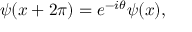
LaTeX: \psi ( x + 2 \pi ) = e ^ { - i \theta } \psi ( x ) ,